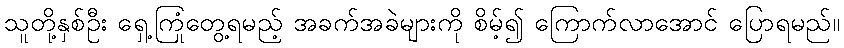
သူတို့နှစ်ဦး ရှေ့ကြုံတွေ့ရမည့် အခက်အခဲများကို စိမ့်၍ ကြောက်လာအောင် ပြောရမည်။